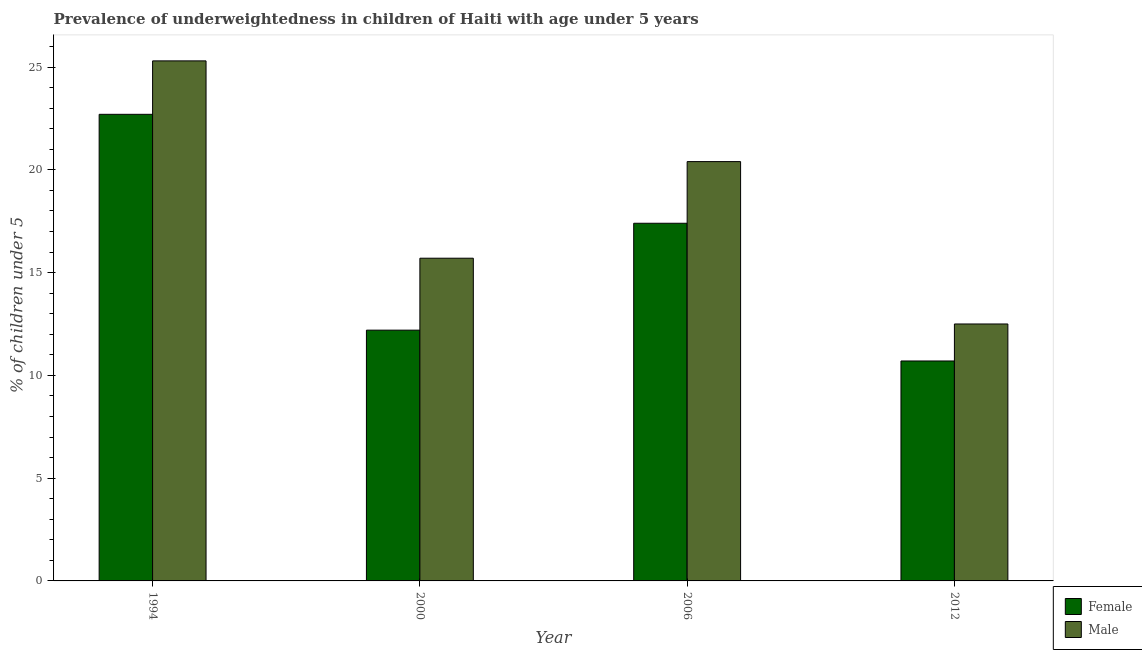
| Year | Female | Male |
 | --- | --- | --- |
 | 1994 | 22.7 | 25.3 |
 | 2000 | 12.2 | 15.7 |
 | 2006 | 17.4 | 20.4 |
 | 2012 | 10.7 | 12.5 |